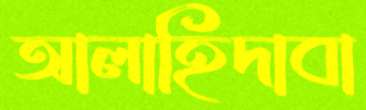
আলাহিদাবা